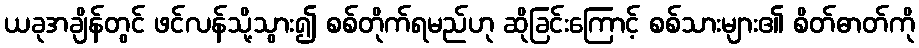
ယခုအချိန်တွင် ဖင်လန်သို့သွား၍ စစ်တိုက်ရမည်ဟု ဆိုခြင်းကြောင့် စစ်သားများ၏ စိတ်ဓာတ်ကို